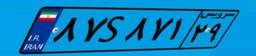
۷۳S۰۳۱۸۴